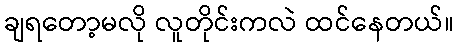
ချရတော့မလို လူတိုင်းကလဲ ထင်နေတယ်။